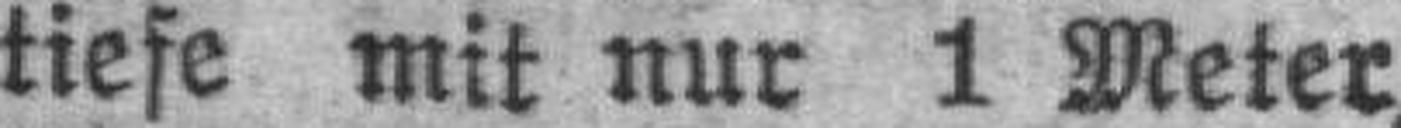
tiefe mit nur 1 Meter